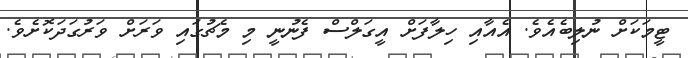
ޓީމަކަށް ނުލިބެއެވެ. އެއާއި ހިލާފަށް އީގަލްސް ފެނުނީ މި މެޗުގައި ވަރަށް ވަރުގަދަކޮށެވެ.